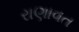
રાણાવત